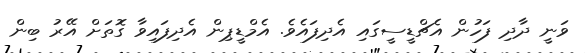
ވަނީ ދާދި ފަހުން އެޗްޑީސީގައި އެދިފައެވެ. އެމްޑީޕިން އެދިފައިވާ ގޮތަށް އޭރު ބިން